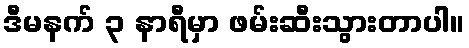
ဒီမနက် ၃ နာရီမှာ ဖမ်းဆီးသွားတာပါ။